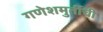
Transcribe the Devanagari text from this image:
गणेशमुर्तीची